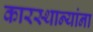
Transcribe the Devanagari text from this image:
कारस्थान्यांना